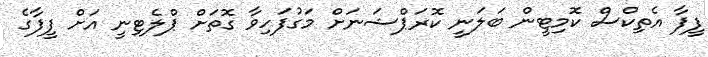
ފީފާ އެތިކްސް ކޮމިޓީން ބަލަނީ ކޮރަޕްޝަނަށް މަގުފަހިވާ ގޮތަށް ޕްލެޓިނީ އަށް ފީފާގެ